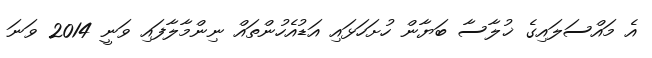
އެ މައްސަލައިގެ ޚުލާސާ ބަޔާން ހުށަހަޅައި އަޑުއެހުންތައް ނިންމާލާފައި ވަނީ 2014 ވަނަ